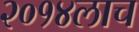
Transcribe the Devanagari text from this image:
२०१४लाच